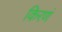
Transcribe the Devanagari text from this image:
किरणं